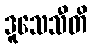
ဒူသေသီတိ